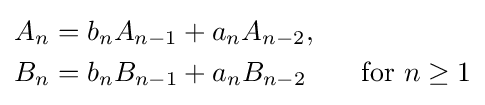
{\begin{aligned}A_{n}&=b_{n}A_{n-1}+a_{n}A_{n-2},\\B_{n}&=b_{n}B_{n-1}+a_{n}B_{n-2}\qquad {\text{for }}n\geq 1\end{aligned}}